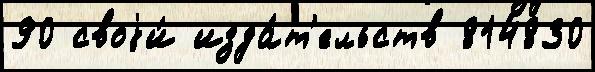
90 своjи́ изда́т'ельств 814830